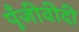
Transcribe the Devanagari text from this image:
पूँजीवीदी